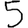
Digit: 5